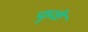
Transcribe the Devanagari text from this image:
फुळे